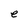
Character: e